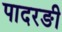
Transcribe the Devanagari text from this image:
पादरङी